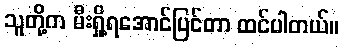
သူတို့က မီးရှို့ရအောင်ပြင်တာ ထင်ပါတယ်။